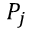
P _ { j }